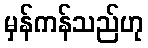
မှန်ကန်သည်ဟု